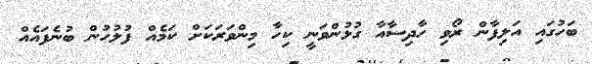
ބަހުގައި އަލިފާން ރޯވި ހާދިސާއާ ގުޅުންވަނީ ކިހާ މިންވަރަކަށް ކަމެއް ފުލުހުން ބުނެފައެއް